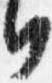
日